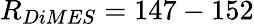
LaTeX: R_{DiMES}=147-152